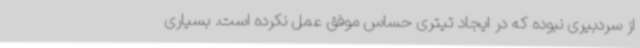
از سردبیری نبوده که در ایجاد تیتری حساس موفق عمل نکرده است. بسیاری